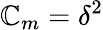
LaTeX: \mathbb{C}_{m}=\delta^{2}